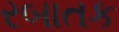
રબાતક